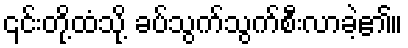
၎င်းတို့ထံသို့ ခပ်သွက်သွက်စီးလာခဲ့၏။